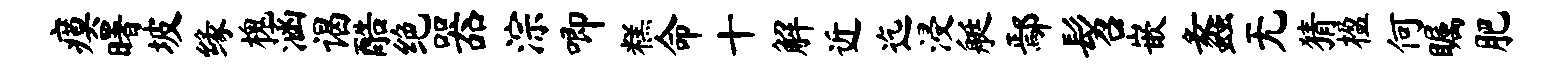
瘼曙坡缘槐涵谒酷绝器淙唧糕命十解近迄浸艇鄢髫嵌蠡无猜楹何瞩肥